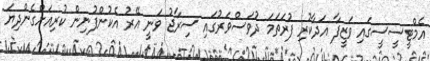
އެމްޓީސީސީގައި ވަޒީފާ އަދާކުރި ފުރަތަމަ ދުވަސްވަރުގައި ސިރާޖު ވަނީ އޭރު އެކުންފުނިން ކުރިއަށްގެންދިޔަ